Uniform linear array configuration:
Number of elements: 8
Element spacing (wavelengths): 0.75
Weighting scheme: kaiser
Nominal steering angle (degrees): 30
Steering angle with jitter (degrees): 29.851
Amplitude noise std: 0.05
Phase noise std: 0.05

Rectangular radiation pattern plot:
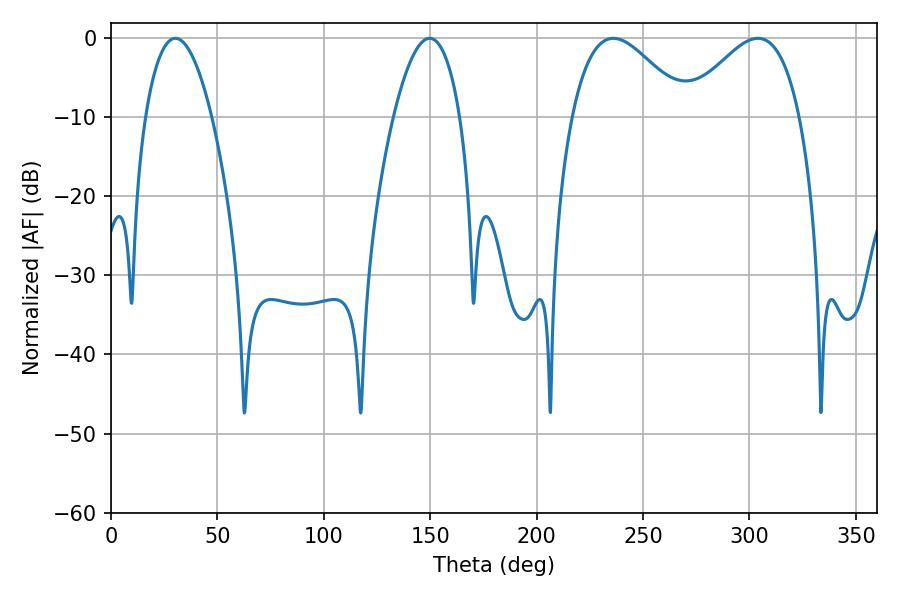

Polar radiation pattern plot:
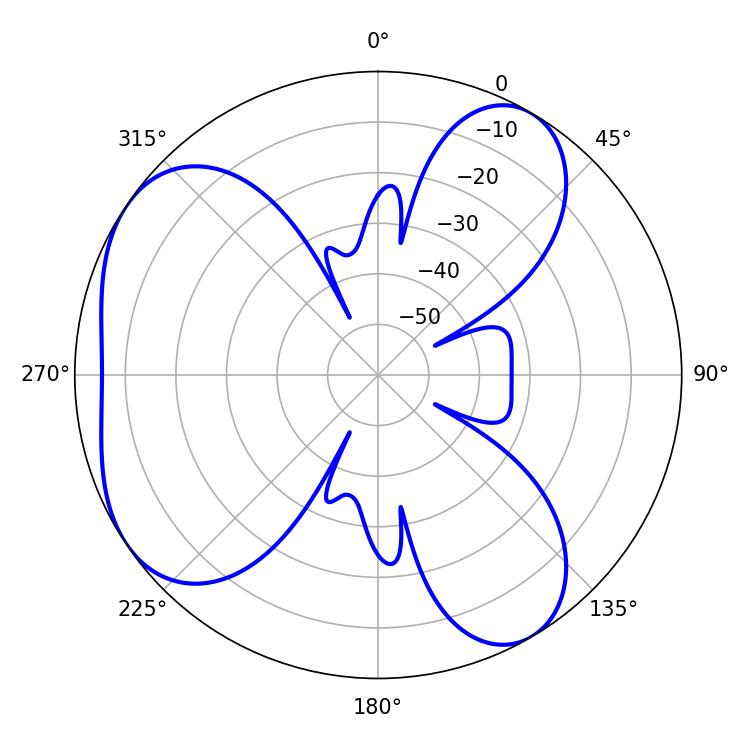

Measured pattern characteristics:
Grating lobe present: TRUE
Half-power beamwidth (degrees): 17.28
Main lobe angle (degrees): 30.24